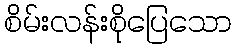
စိမ်းလန်းစိုပြေသော